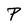
Character: P